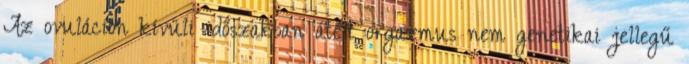
Az ovuláción kívüli időszakban átélt orgazmus nem genetikai jellegű